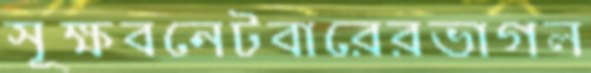
সূক্ষবনেটবারেরভাগল